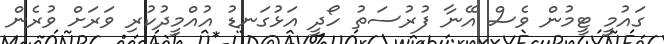
ގައުމީ ޓީމުން ވެސް އޭނާ ފުރުސަތު ހޯދީ އަޅުގަނޑު އުއްމީދުކުރި ވަރަށް ވުރެން